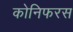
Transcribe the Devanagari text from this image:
कोनिफरस